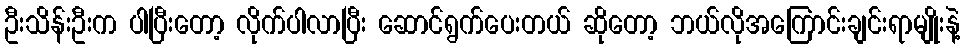
ဦးသိန်းဦးက ပါပြီးတော့ လိုက်ပါလာပြီး ဆောင်ရွက်ပေးတယ် ဆိုတော့ ဘယ်လိုအကြောင်းချင်းရာမျိုးနဲ့